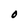
Character: O